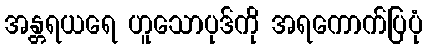
အန္တရယရေ ဟူသောပုဒ်ကို အရကောက်ပြပုံ